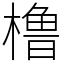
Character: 橹